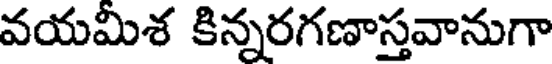
వయమిశ కిన్నరగణాస్తవానుగా